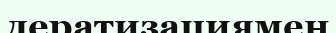
дератизациямен